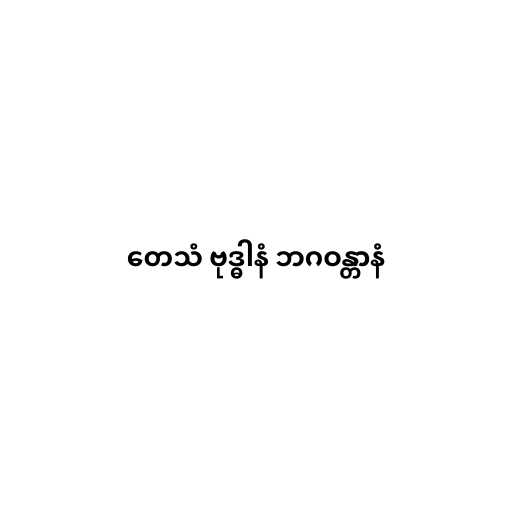
တေသံ ဗုဒ္ဓါနံ ဘဂဝန္တာနံ